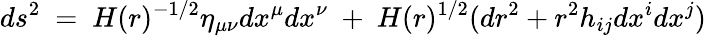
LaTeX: ds^{2}~=~H(r)^{-1/2}\eta_{\mu\nu}dx^{\mu}dx^{\nu}~+~H(r)^{1/2}(dr^{2}+r^{2}h_{ij}dx^{i}dx^{j})